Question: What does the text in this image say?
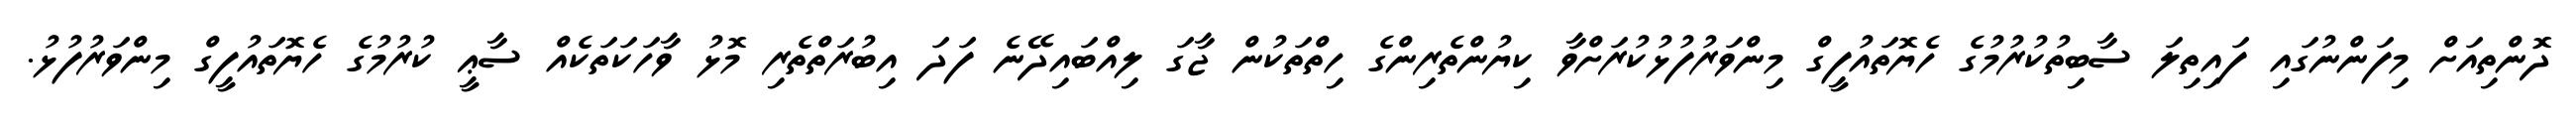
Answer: ދޮންތިއަށް މިފަންނުގައި ފައިތިލަ ސާބިތުކުރުމުގެ ހެޔޮތައުފީގް މިންވަރުފުޅުކުރަށްވާ ކިޔުންތެރިންގެ ހިތްތަކުން ޖާގަ ލިއްބައިދޭނެ ފަދަ އިބުރަތްތެރި މޮޅު ވާހަކަތަކެއް ސާޢީ ކުރުމުގެ ހެޔޮތައުފީގް މިންވަރުފުޅު.